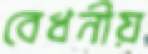
বেধনীয়